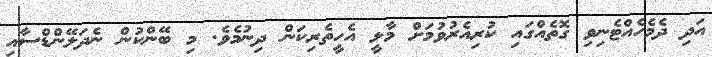
އަދި ދެމެހެއްޓެނިވި ގޮތެއްގައި ކުރިއެރުވުމަށް މާލީ އެހީތެރިކަން ދިނުމެވެ. މި ބޭންކުން ނެދަލޭންޑްސާއި